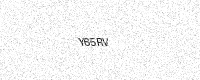
Text: Y65RV